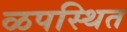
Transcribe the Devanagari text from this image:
ळपस्थित